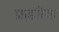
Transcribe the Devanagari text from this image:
फ्रडरिक